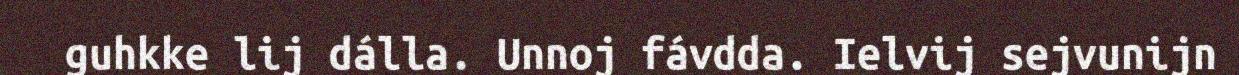
guhkke lij dálla. Unnoj fávdda. Ielvij sejvunijn